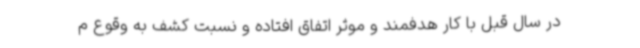
در سال قبل با کار هدفمند و موثر اتفاق افتاده و نسبت کشف به وقوع م